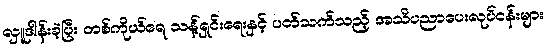
လှူဒါန်းခဲ့ပြီး တစ်ကိုယ်ရေ သန့်ရှင်းရေးနှင့် ပတ်သက်သည့် အသိပညာပေးလုပ်ငန်းများ